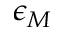
\epsilon _ { M }